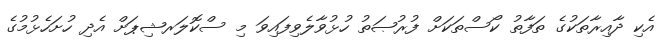
އެކި ދާއިރާތަކުގެ ތަފާތު ކޯސްތަކަށް ފުރުޞަތު ހުޅުވާލެވިފައިވަ މި ސްކޮލަރޝިޕަށް އެދި ހުށަހެޅުމުގެ